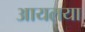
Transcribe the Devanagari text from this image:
आयलया